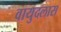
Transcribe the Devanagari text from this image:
वायुदलास